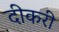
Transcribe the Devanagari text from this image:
दीकरी